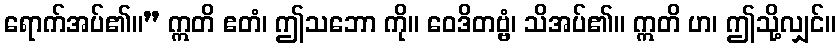
ရောက်အပ်၏။” ဣတိ ဧတံ၊ ဤသဘော ကို။ ဝေဒိတဗ္ဗံ၊ သိအပ်၏။ ဣတိ ဟ၊ ဤသို့လျှင်။